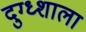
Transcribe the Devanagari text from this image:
दुग्ध्शाला